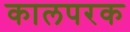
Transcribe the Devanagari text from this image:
कालपरक